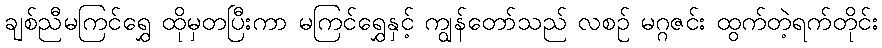
ချစ်ညီမကြင်ရွှေ ထိုမှတပြီးကာ မကြင်ရွှေနှင့် ကျွန်တော်သည် လစဉ် မဂ္ဂဇင်း ထွက်တဲ့ရက်တိုင်း